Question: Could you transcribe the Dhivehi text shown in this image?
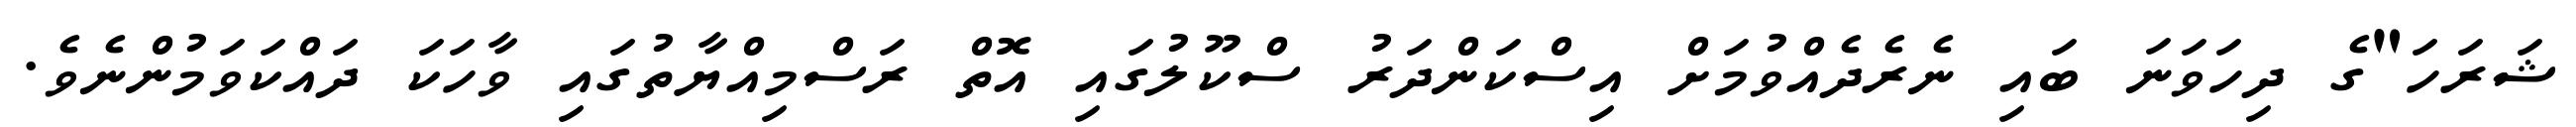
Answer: ޝަރަހަ"ގެ ދިހަވަނަ ބައި ނެރެދެއްވުމަށް އިސްކަންދަރު ސްކޫލުގައި އޮތް ރަސްމިއްޔާތުގައި ވާހަކަ ދައްކަވަމުންނެވެ.